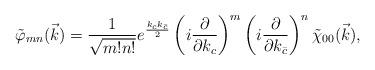
LaTeX: \begin{align*}\tilde \varphi_{mn}(\vec k) = \frac{1}{\sqrt{m! n!}} e^{\frac{k_c k_{\bar c}}{2}} \left( i \frac{\partial}{\partial k_c} \right)^m \left( i \frac{\partial}{\partial k_{\bar c}} \right)^n \tilde \chi_{00}(\vec k),\end{align*}